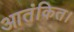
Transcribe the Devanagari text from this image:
आतंकित।